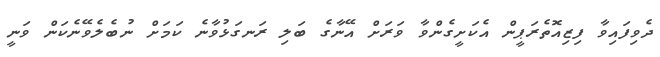
ދެވިފައިވާ ފިޒިއޮތެރަޕީން އެކަށީގެންވާ ވަރަށް އޭނާގެ ބަލި ރަނގަޅުވާނެ ކަމަށް ނުބެލެވޭނެކަން ވަނީ